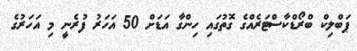
ޕަބްލިކް ބްރޯޑްކާސްޓަރެއްގެ ގޮތުގައި ހިންގާ އަޑަށް 50 އަހަރު ފުރެނީ މި އަހަރުގެ